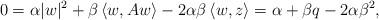
LaTeX: \begin{align*} 0 = \alpha |w|^2 + \beta\left\langle w,Aw\right\rangle - 2\alpha\beta\left\langle w,z\right\rangle = \alpha + \beta q - 2\alpha\beta^2, \end{align*}